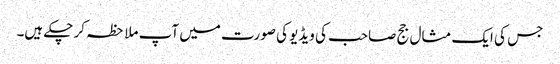
جس کی ایک مثال جج صاحب کی ویڈیو کی صورت میں آپ ملاحظہ کر چکے ہیں۔